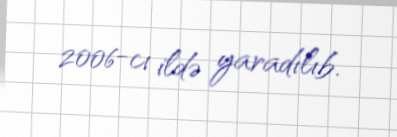
2006-cı ildə yaradılıb.